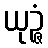
ယုဉ္ဇံ